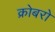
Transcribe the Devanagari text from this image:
क्रोबरो